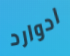
ادوارد